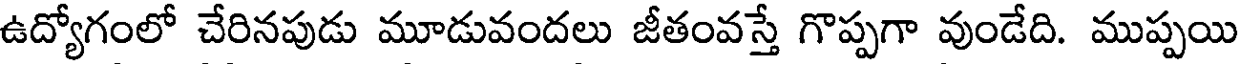
ఉద్యోగంలో చేరినపుడు మూడువందలు జీతంవస్తే గొప్పగా వుండేది. ముప్పయి